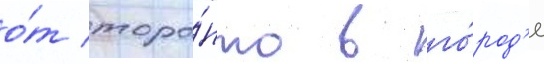
о́т торо́нто в го́род'е